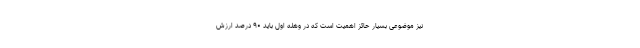
نیز موضوعی بسیار حائز اهمیت است که در وهله اول باید ۹۰ درصد ارزش